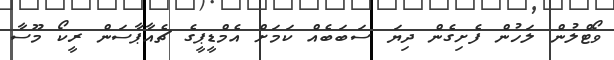
ވޯޓްލުން ލަހުން ފެށިގެން ދިޔަ ސަބަބެއް ކަމަށް އެމްޑީޕީގެ ޗެއާޕާސަން ރީކޯ މޫސާ